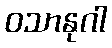
ဝသာနုဂါ